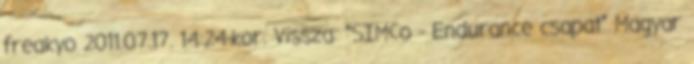
freakyo 2011.07.17. 14:24-kor. Vissza: “SIMCo - Endurance csapat” Magyar